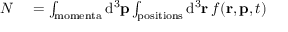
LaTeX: \begin{array} { r l } { N } & { { } = \int _ { \mathrm { m o m e n t a } } { \mathrm { d } } ^ { 3 } \mathbf { p } \int _ { \mathrm { p o s i t i o n s } } { \mathrm { d } } ^ { 3 } \mathbf { r } \, f ( \mathbf { r } , \mathbf { p } , t ) } \end{array}